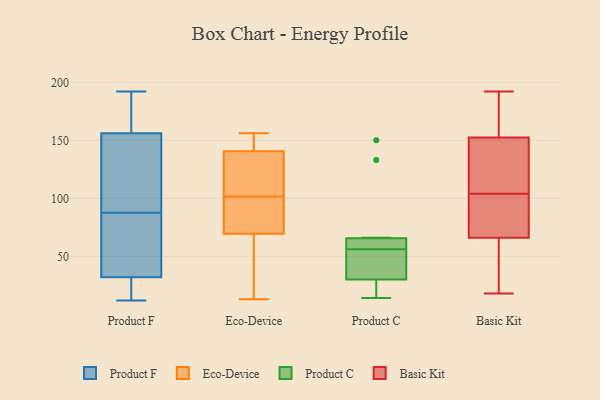
{"axis": {"x": "Humidity (%)", "y": "Value"}, "legend": ["Basic Kit", "Eco-Device", "Product C", "Product F"], "data": [{"x": "", "y": 145, "type": "Product F"}, {"x": "", "y": 30, "type": "Product F"}, {"x": "", "y": 115, "type": "Product F"}, {"x": "", "y": 182, "type": "Product F"}, {"x": "", "y": 51, "type": "Product F"}, {"x": "", "y": 167, "type": "Product F"}, {"x": "", "y": 192, "type": "Product F"}, {"x": "", "y": 13, "type": "Product F"}, {"x": "", "y": 20, "type": "Product F"}, {"x": "", "y": 35, "type": "Product F"}, {"x": "", "y": 12, "type": "Product F"}, {"x": "", "y": 109, "type": "Product F"}, {"x": "", "y": 138, "type": "Product F"}, {"x": "", "y": 66, "type": "Product F"}, {"x": "", "y": 34, "type": "Product F"}, {"x": "", "y": 178, "type": "Product F"}, {"x": "", "y": 26, "type": "Eco-Device"}, {"x": "", "y": 18, "type": "Eco-Device"}, {"x": "", "y": 76, "type": "Eco-Device"}, {"x": "", "y": 121, "type": "Eco-Device"}, {"x": "", "y": 89, "type": "Eco-Device"}, {"x": "", "y": 120, "type": "Eco-Device"}, {"x": "", "y": 13, "type": "Eco-Device"}, {"x": "", "y": 156, "type": "Eco-Device"}, {"x": "", "y": 147, "type": "Eco-Device"}, {"x": "", "y": 94, "type": "Eco-Device"}, {"x": "", "y": 136, "type": "Eco-Device"}, {"x": "", "y": 85, "type": "Eco-Device"}, {"x": "", "y": 109, "type": "Eco-Device"}, {"x": "", "y": 63, "type": "Eco-Device"}, {"x": "", "y": 145, "type": "Eco-Device"}, {"x": "", "y": 146, "type": "Eco-Device"}, {"x": "", "y": 29, "type": "Product C"}, {"x": "", "y": 42, "type": "Product C"}, {"x": "", "y": 64, "type": "Product C"}, {"x": "", "y": 66, "type": "Product C"}, {"x": "", "y": 18, "type": "Product C"}, {"x": "", "y": 56, "type": "Product C"}, {"x": "", "y": 14, "type": "Product C"}, {"x": "", "y": 33, "type": "Product C"}, {"x": "", "y": 133, "type": "Product C"}, {"x": "", "y": 150, "type": "Product C"}, {"x": "", "y": 59, "type": "Product C"}, {"x": "", "y": 153, "type": "Basic Kit"}, {"x": "", "y": 120, "type": "Basic Kit"}, {"x": "", "y": 115, "type": "Basic Kit"}, {"x": "", "y": 140, "type": "Basic Kit"}, {"x": "", "y": 41, "type": "Basic Kit"}, {"x": "", "y": 152, "type": "Basic Kit"}, {"x": "", "y": 192, "type": "Basic Kit"}, {"x": "", "y": 76, "type": "Basic Kit"}, {"x": "", "y": 18, "type": "Basic Kit"}, {"x": "", "y": 84, "type": "Basic Kit"}, {"x": "", "y": 171, "type": "Basic Kit"}, {"x": "", "y": 44, "type": "Basic Kit"}, {"x": "", "y": 156, "type": "Basic Kit"}, {"x": "", "y": 93, "type": "Basic Kit"}, {"x": "", "y": 56, "type": "Basic Kit"}, {"x": "", "y": 76, "type": "Basic Kit"}]}